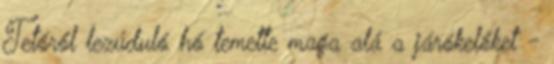
Tetőről lezúduló hó temette maga alá a járókelőket -